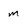
Character: m